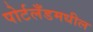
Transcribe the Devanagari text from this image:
पोर्टलँडमधील